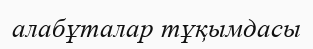
алабұталар тұқымдасы